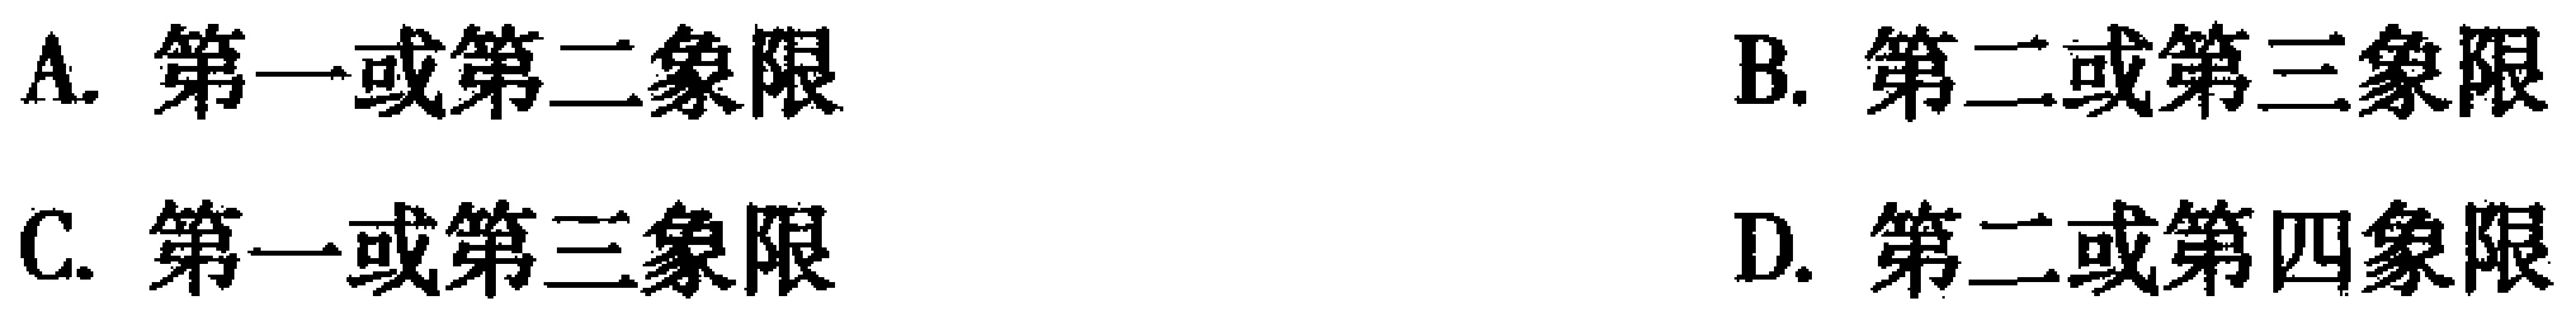
A. 第一或第二象限

B. 第二或第三象限

C. 第一或第三象限

D. 第二或第四象限